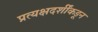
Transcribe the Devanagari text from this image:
प्रत्यक्षदर्शींकडून